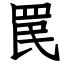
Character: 罠